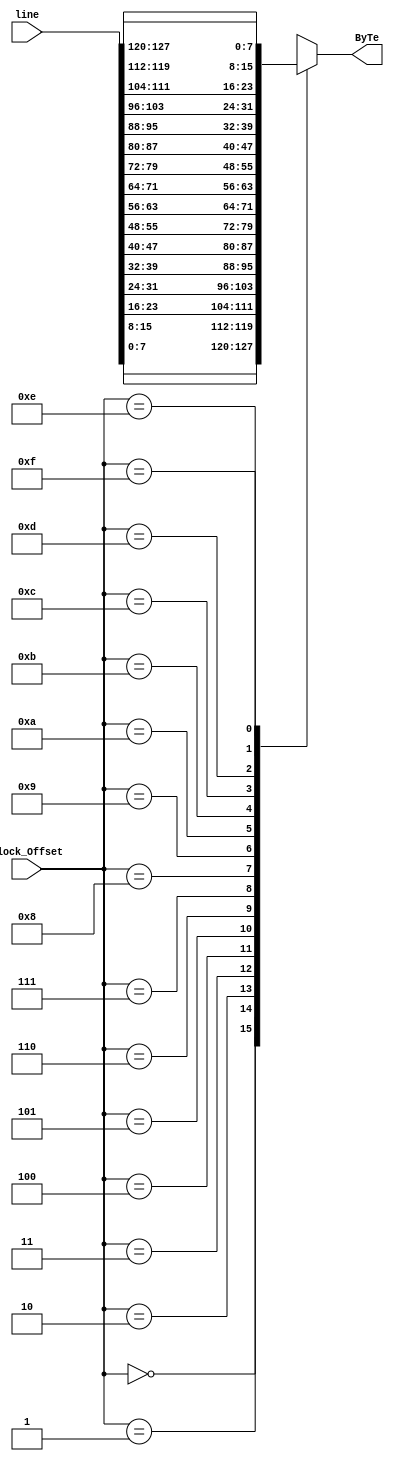
/*
Computer Architecture Lab 4 - 22-01-2018
	Assignment : 2 way Set Associative Mapped Cache
					Byte addressable Cache with Set Associative mapping to the Memory
					Physical Address of 12 bits (2^12 Bytes) in Main Memory
									Width	x	Depth
					Memory Size	: 2^4 Byte	x	2^8 Lines
					Cache Size	: 2^4 Byte	x	2^4 Cache Blocks

	Module : Offset_2_Byte (converting 4 bit Block Offest to required byte)
		-- Eshita Arza	(COE15B013)
		-- Akshay Kumar	(CED15I031)
*/

module Offset_2_Byte (line, Block_Offset, ByTe);

	input [3:0]Block_Offset;
	input [127:0]line;
	output reg [7:0]ByTe;

	wire [7:0]line_segment[15:0];

	assign line_segment[0][7:0] = line[7:0];
	assign line_segment[1][7:0] = line[15:8];
	assign line_segment[2][7:0] = line[23:16];
	assign line_segment[3][7:0] = line[31:24];
	assign line_segment[4][7:0] = line[39:32];
	assign line_segment[5][7:0] = line[47:40];
	assign line_segment[6][7:0] = line[55:48];
	assign line_segment[7][7:0] = line[63:56];
	assign line_segment[8][7:0] = line[71:64];
	assign line_segment[9][7:0] = line[79:72];
	assign line_segment[10][7:0] = line[87:80];
	assign line_segment[11][7:0] = line[95:88];
	assign line_segment[12][7:0] = line[103:96];
	assign line_segment[13][7:0] = line[111:104];
	assign line_segment[14][7:0] = line[119:112];
	assign line_segment[15][7:0] = line[127:120];

	always@ *
	begin
		ByTe = line_segment[Block_Offset];
	end

endmodule // Offset_2_Byte